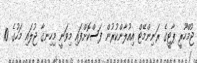
ޖުމްހޫރީ ޕާޓީގެ ރަނިންމޭޓް އިއުލާންކުރުން ފަސްކޮށްފައި މިވަނީ މިހިނގާ ޖުލައި މަހުގެ 10